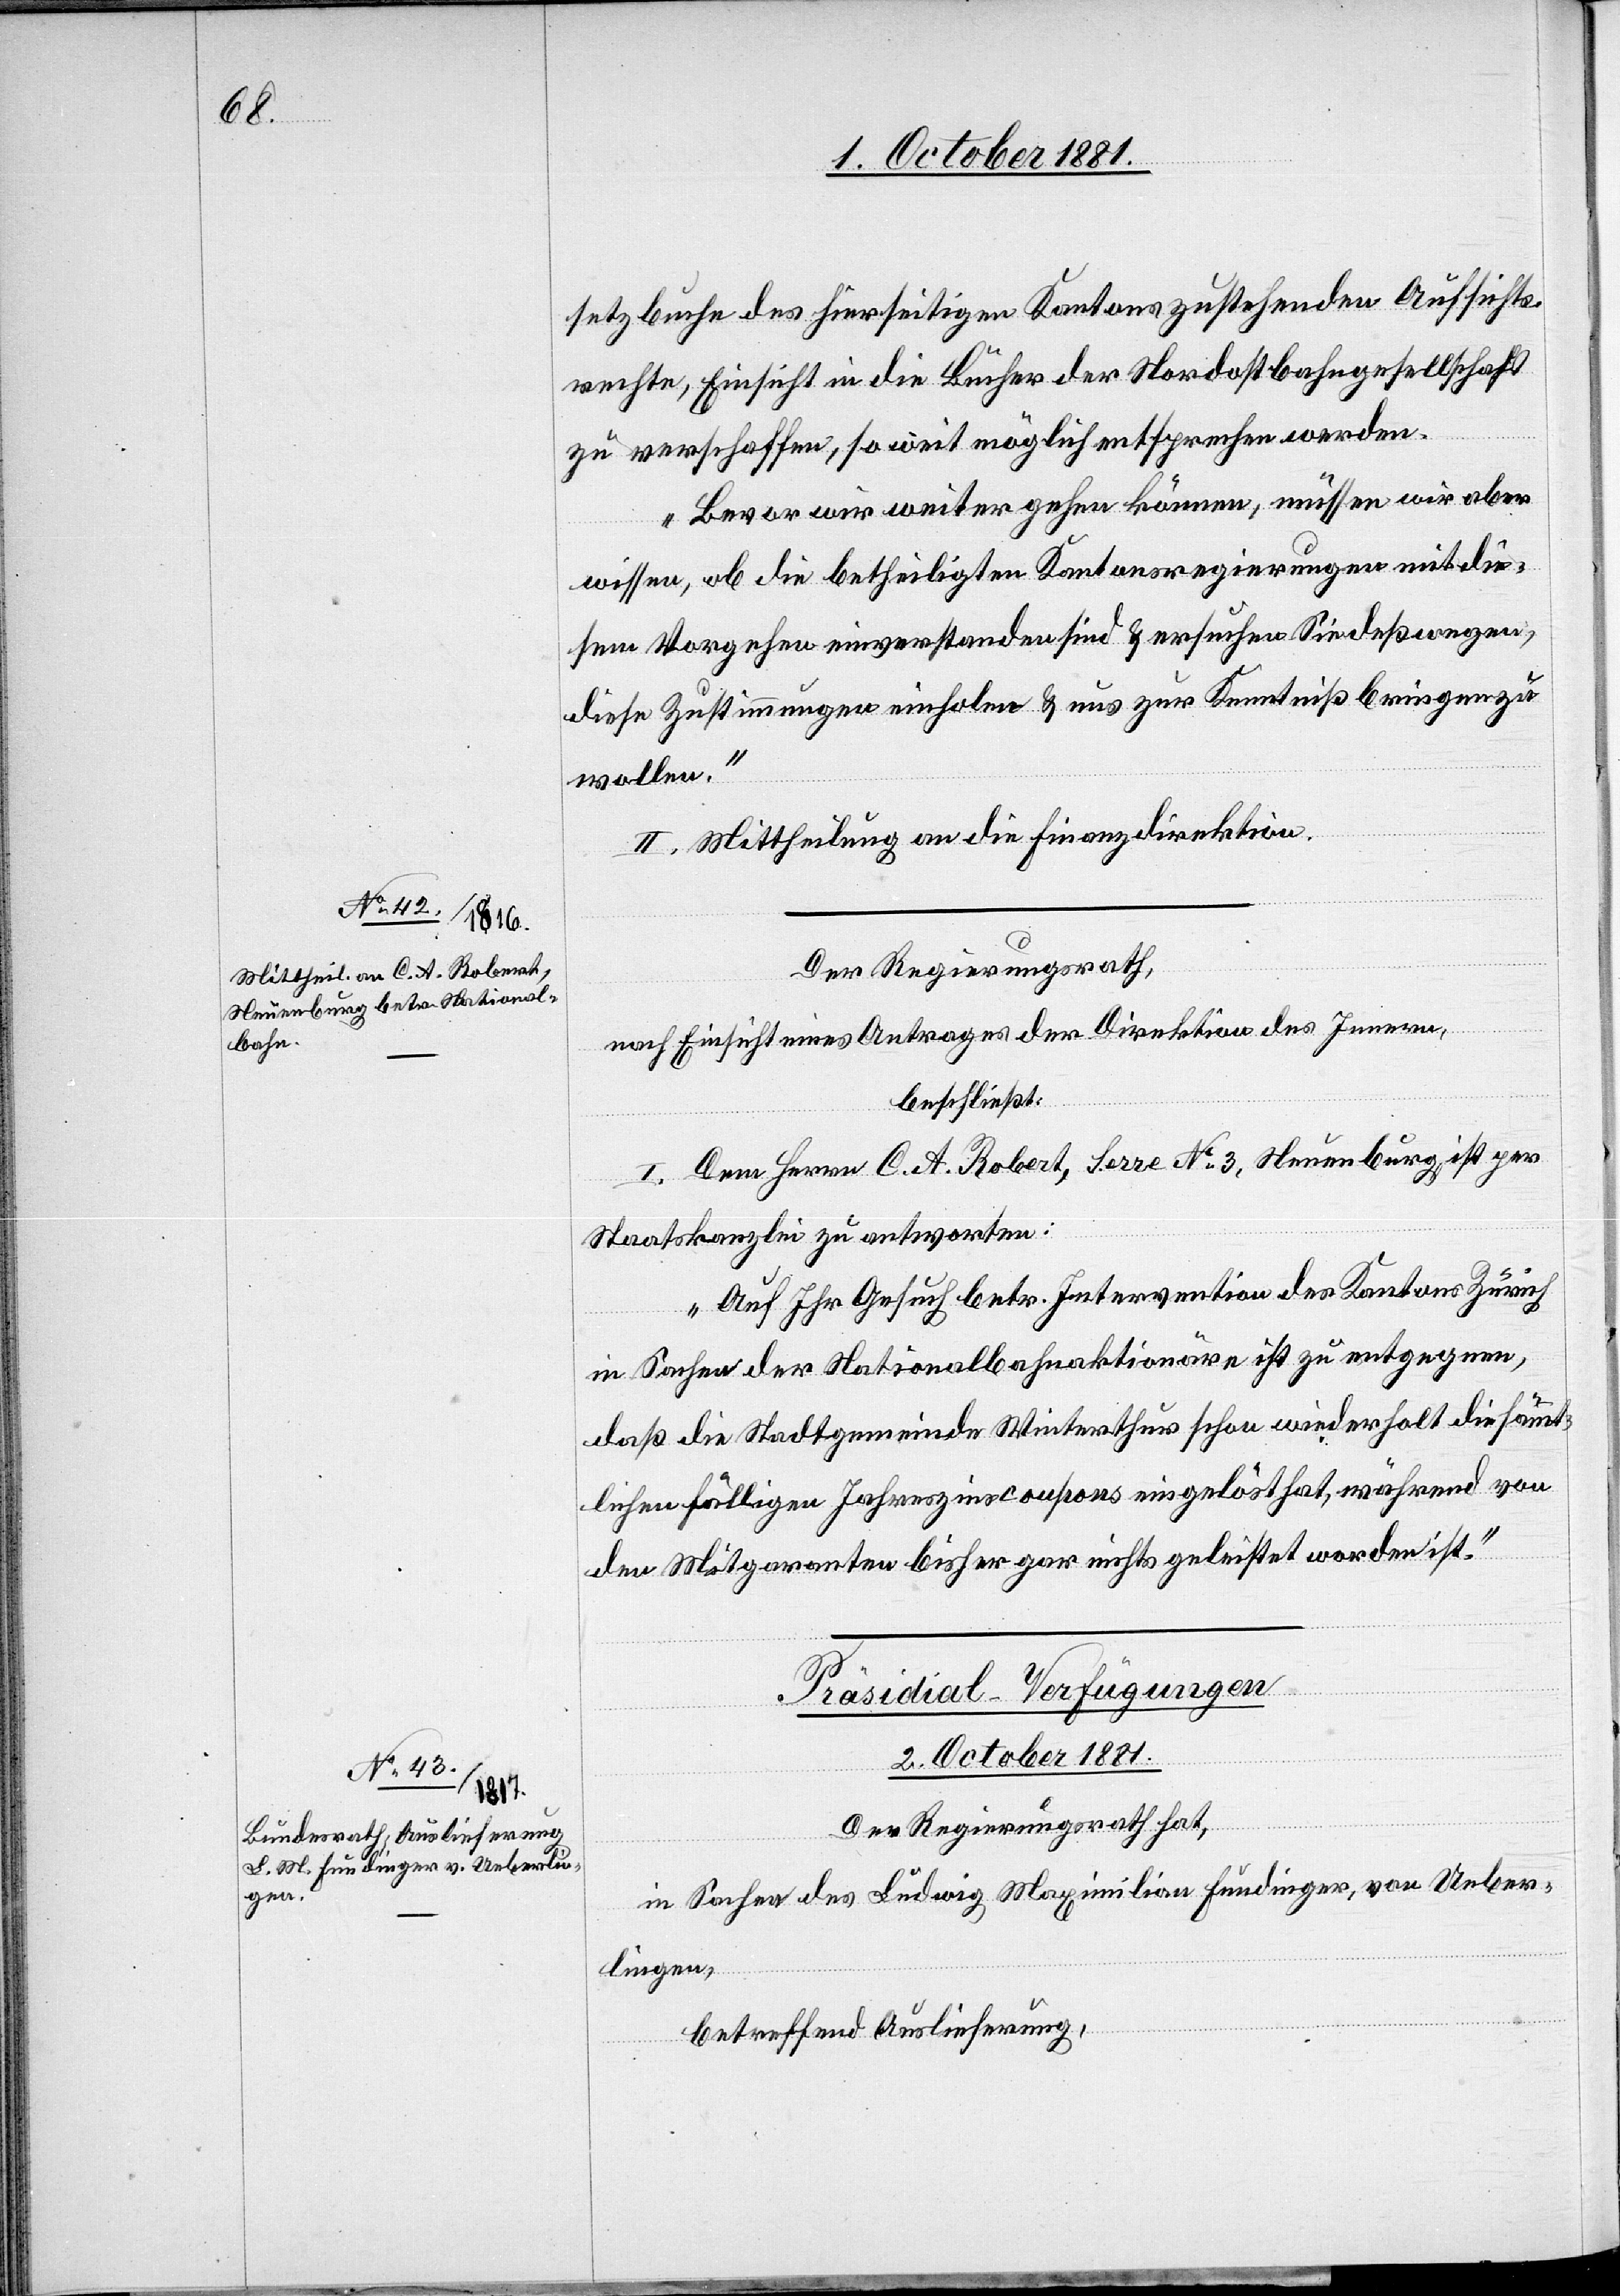
setzbuche des hierseitigen Kantons zustehenden Aufsichts¬
rechte, Einsicht in die Bücher der Nordostbahngesellschaft
zu verschaffen, so weit möglich entsprechen werden.
Bevor wir weiter gehen können, müssen wir aber
wissen, ob die betheiligten Kantonsregierungen mit die¬
sem Vorgehen einverstanden sind & ersuchen Sie deßwegen,
diese Zustimmungen einholen & uns zur Kenntniß bringen zu
wollen.“
II. Mittheilung an die Finanzdirektion.
Der Regierungsrath,
nach Einsicht eines Antrages der Direktion des Innern,
beschließt:
Dem Herrn C. A. Robert, Serre No 3, Neuenburg, ist per
Staatskanzlei zu antworten:
„Auf Ihr Gesuch betr. Intervention des Kantons Zürich
in Sachen der Nationalbahnaktionäre ist zu entgegnen,
daß die Stadtgemeinde Winterthur schon wiederholt die sämmt¬
lichen fälligen Jahreszinscoupons eingelöst hat, während von
den Mitgaranten bisher gar nichts geleistet worden ist.“
Präsidial-Verfügungen
2. October 1881.
Der Regierungsrath hat,
in Sachen des Ludwig Maximilian Fundinger, von Ueber¬
lingen,
betreffend Auslieferung,